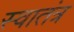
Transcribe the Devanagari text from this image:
स्‍वातंत्र